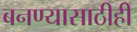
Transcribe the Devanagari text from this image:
बनण्यासाठीही